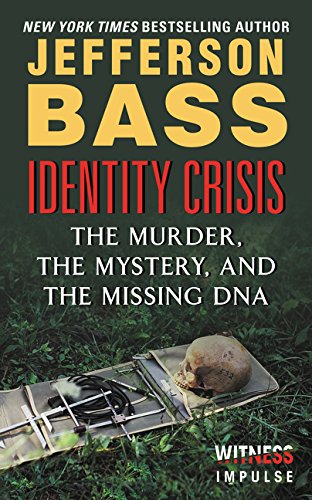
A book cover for Identity Crisis: The Murder, the Mystery, and the Missing DNA; Jefferson Bass; Law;